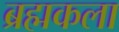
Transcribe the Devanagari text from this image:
ब्रह्मकला